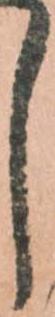
し